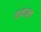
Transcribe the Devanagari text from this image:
घनान्त